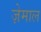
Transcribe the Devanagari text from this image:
ज़ेमाल